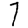
Digit: 7